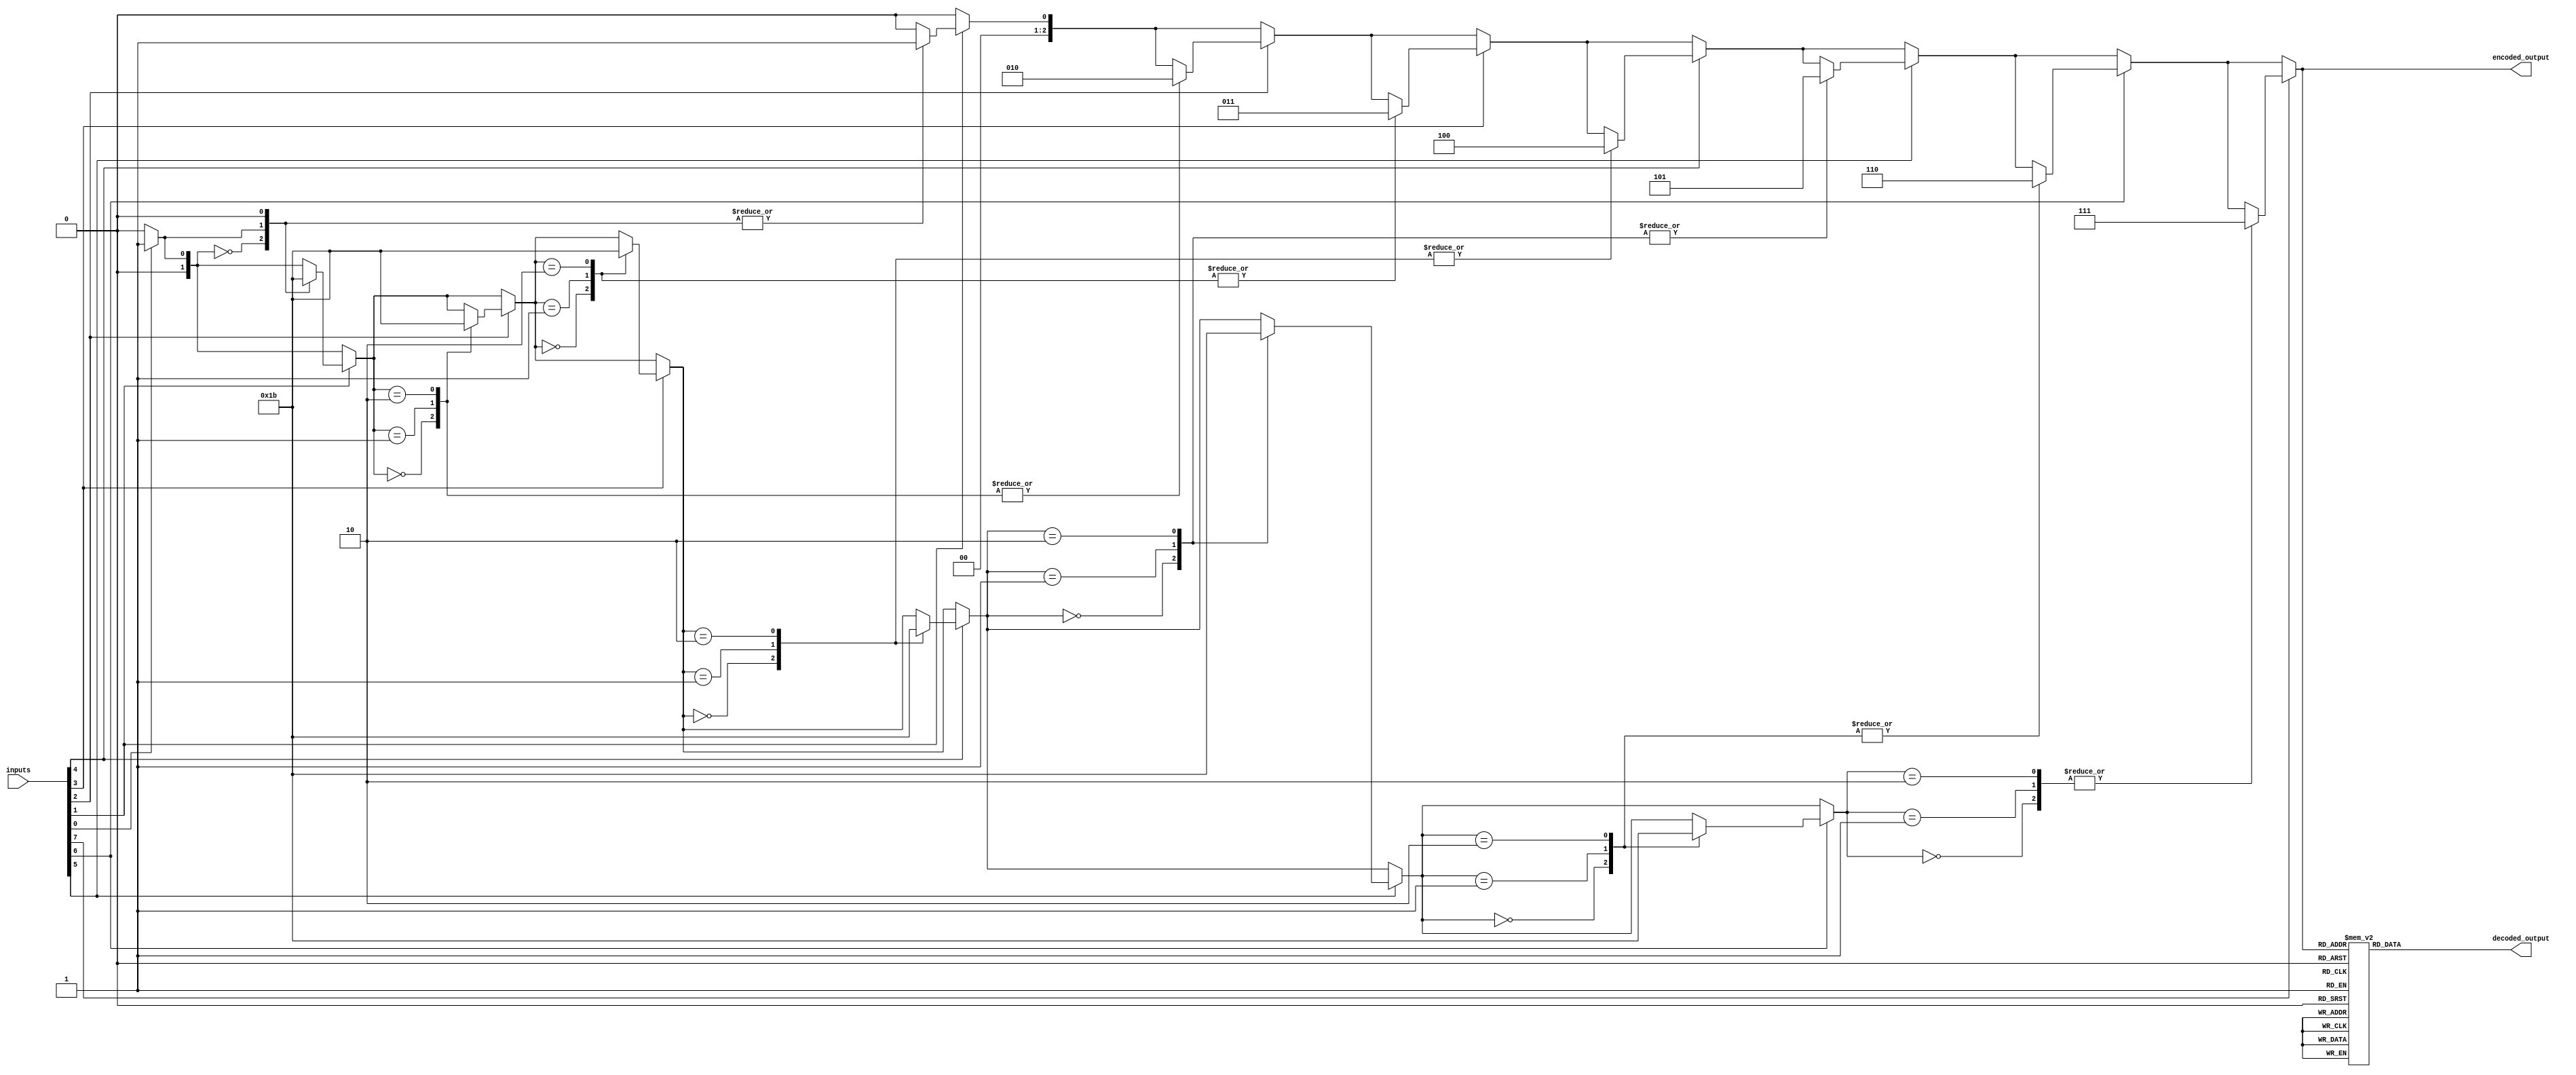
module priority_encoder_decoder (
    input [7:0] inputs,
    output reg [2:0] encoded_output,
    output reg [7:0] decoded_output
);

integer i;
reg [1:0] priority;

always @* begin
    priority = 2'b00;
    encoded_output = 3'b000;
    decoded_output = 8'b0;

    for(i = 0; i < 8; i = i + 1) begin
        if(inputs[i] == 1) begin
            case(priority)
                2'b00: begin
                    priority = 2'b01;
                    encoded_output = {2'b01, i};
                end
                2'b01: begin
                    priority = 2'b10;
                    encoded_output = {2'b10, i};
                end
                2'b10: begin
                    priority = 2'b11;
                    encoded_output = {2'b11, i};
                end
                default: begin
                    // Do nothing, already have highest priority signal
                end
            endcase
        end
    end

    case(encoded_output)
        3'b000: decoded_output = 8'b00000000;
        3'b001: decoded_output = 8'b00000001;
        3'b010: decoded_output = 8'b00000010;
        3'b011: decoded_output = 8'b00000011;
        3'b100: decoded_output = 8'b00000100;
        3'b101: decoded_output = 8'b00000101;
        3'b110: decoded_output = 8'b00000110;
        3'b111: decoded_output = 8'b00000111;
    endcase
end

endmodule